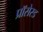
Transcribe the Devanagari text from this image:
प्रॉसेस्ड